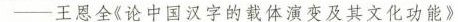
——王恩全《让中国汉字的载体演变及其文化功能》